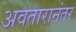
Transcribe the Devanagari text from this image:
अवतारानंतर